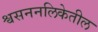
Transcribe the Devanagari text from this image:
श्वसननलिकेतील